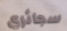
سجائري